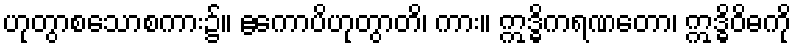
ဟုတွာစသောစကား၌။ ဧကောပိဟုတွာတိ၊ ကား။ ဣဒ္ဓိကရဏတော၊ ဣဒ္ဓိဝိဓကို